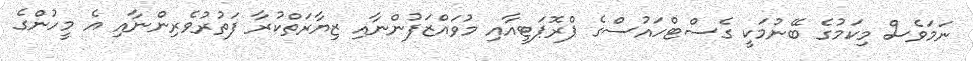
ނަމަވެސް މިކަމުގެ ބޭނުމަކީ ގެސްޓްހައުސްގެ ޕްރޮޕަޓީއާއި މުވައްޒަފުންނާއި ޒިޔާރަތްކުރާ ފަތުރުވެރިންނާއި އެ މީހުންގެ